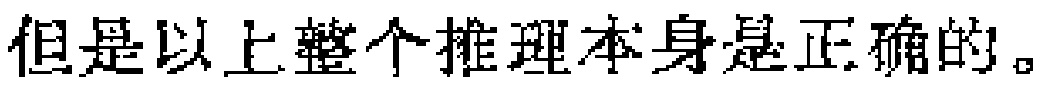
但是以上整个推理本身是正确的。